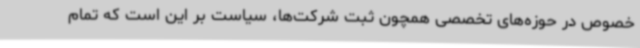
خصوص در حوزه‌های تخصصی همچون ثبت شرکت‌ها، سیاست بر این است که تمام